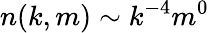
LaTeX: n(k,m)\sim k^{-4}m^{0}